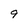
Character: 9